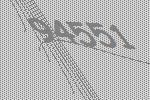
94551